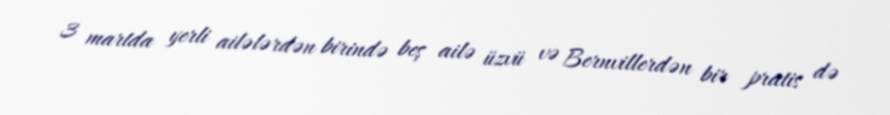
3 martda yerli ailələrdən birində beş ailə üzvü və Bernvillerdən bir pratis də